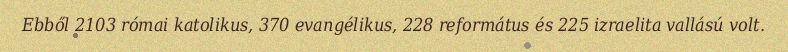
Ebből 2103 római katolikus, 370 evangélikus, 228 református és 225 izraelita vallású volt.